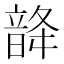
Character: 𩐨